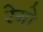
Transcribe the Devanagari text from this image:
रेगो